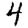
Digit: 4